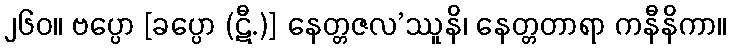
၂၆၀။ ဗပ္ပော [ခပ္ပော (ဋီ.)] နေတ္တဇလ’ဿူနိ၊ နေတ္တတာရာ ကနီနိကာ။